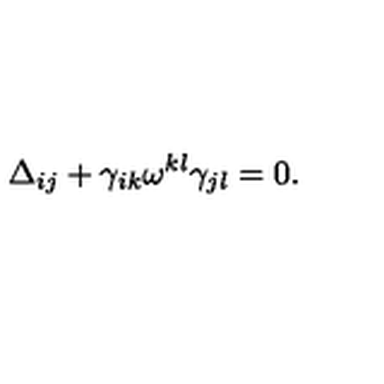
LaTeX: \Delta _ { i j } + \gamma _ { i k } \omega ^ { k l } \gamma _ { j l } = 0 .